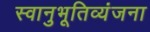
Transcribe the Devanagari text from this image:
स्वानुभूतिव्यंजना